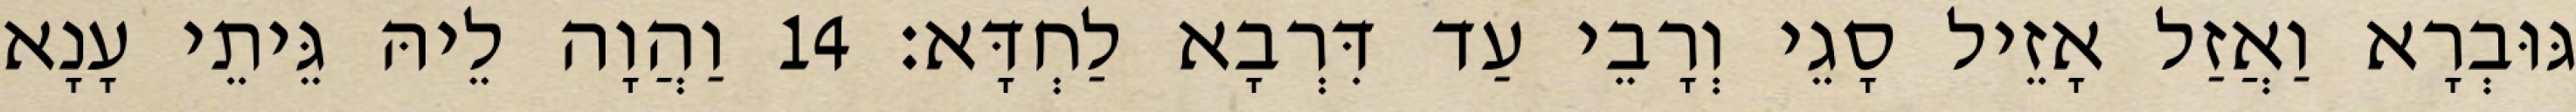
גּוּבְרָא וַאֲזַל אָזֵיל סָגֵי וְרָבֵי עַד דִּרְבָא לַחְדָּא׃ 14 וַהֲוָה לֵיהּ גֵּיתֵי עָנָא